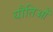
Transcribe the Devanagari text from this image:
यौतिओं